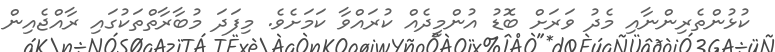
ކުޅުންތެރިންނާއި މެދު ވަރަށް ބޮޑު އުންމީދެއް ކުރައްވާ ކަމަށެވެ. މިފަދަ މުބާރާތްތަކުގައި ރާއްޖެއިން